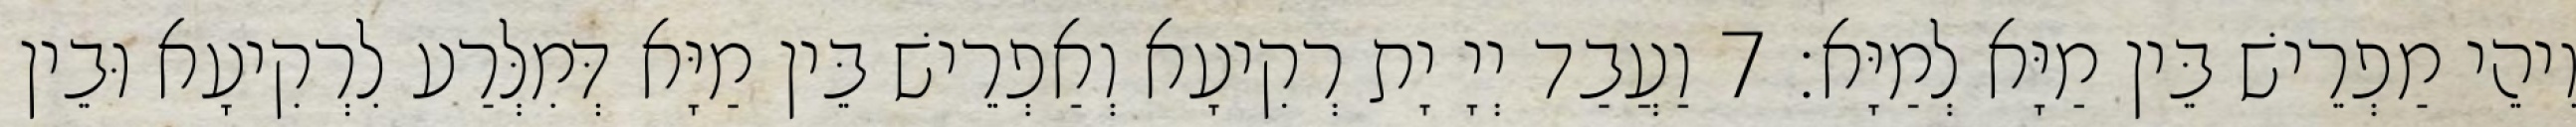
וִיהֵי מַפְרֵישׁ בֵּין מַיָּא לְמַיָּא׃ 7 וַעֲבַד יְיָ יָת רְקִיעָא וְאַפְרֵישׁ בֵּין מַיָּא דְּמִלְּרַע לִרְקִיעָא וּבֵין